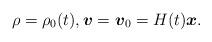
LaTeX: \begin{align*}\rho=\rho_{0}(t),\boldsymbol v=\boldsymbol v_{0}=H(t) \boldsymbol x.\end{align*}